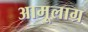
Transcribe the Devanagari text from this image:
अामूलाग्र